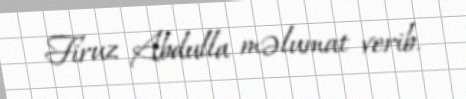
Firuz Abdulla məlumat verib.